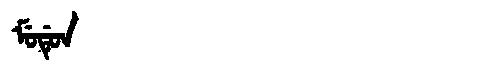
Manchu: ᠮᡠᡩᡠᠨ
Romanization: MUDUN